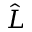
\hat { L }